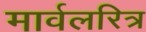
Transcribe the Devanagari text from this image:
मार्वलरित्र